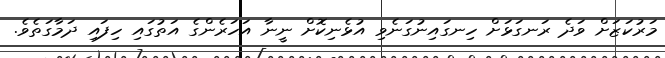
މަރުކަޒަށް ވަދެ ރަނގަޅަށް ހިނގައިނުގަނެވި އުޅެނިކޮށް ނީނާ އަހަރެންގެ އަތުގައި ހިފައި ދަމާގަތެވެ.